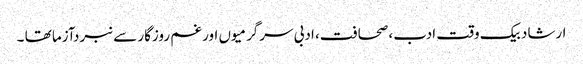
ارشاد بیک وقت ادب، صحافت، ادبی سرگرمیوں اور غم روزگار سے نبردآزما تھا ۔